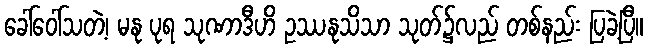
ခေါ်ဝေါ်သတဲ့၊ မနု ပုရ သုဏာဒီဟိ ဥဿနုသိသာ သုတ်၌လည် တစ်နည်း ပြခဲ့ပြီ။